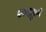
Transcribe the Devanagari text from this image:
रभाई